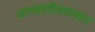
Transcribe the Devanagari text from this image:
जनजातीयतावाद